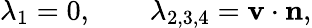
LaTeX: \lambda_{1}=0,\qquad\lambda_{2,3,4}=\mathbf{v}\cdot\mathbf{n},